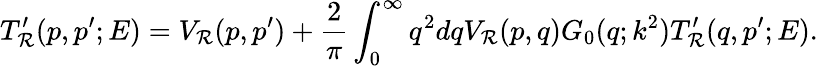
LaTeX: T_{\mathcal{R}}^{\prime}(p,p^{\prime};E)=V_{\mathcal{R}}(p,p^{\prime})+\frac{2}{\pi}\int_{0}^{\infty}{q^{2}dq{V_{\mathcal{R}}(p,q)}G_{0}(q;k^{2})T_{\mathcal{R}}^{\prime}(q,p^{\prime};E)}.